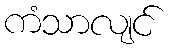
ကံသာလျင်